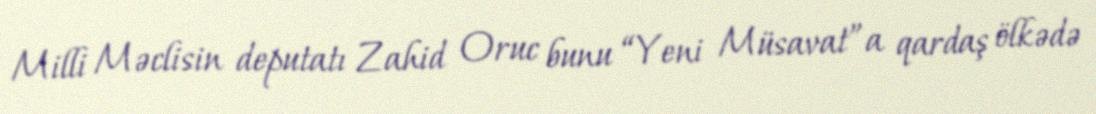
Milli Məclisin deputatı Zahid Oruc bunu “Yeni Müsavat”a qardaş ölkədə